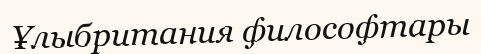
Ұлыбритания философтары